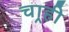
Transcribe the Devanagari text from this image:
चार्‍ही